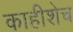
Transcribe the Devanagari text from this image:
काहीशेच